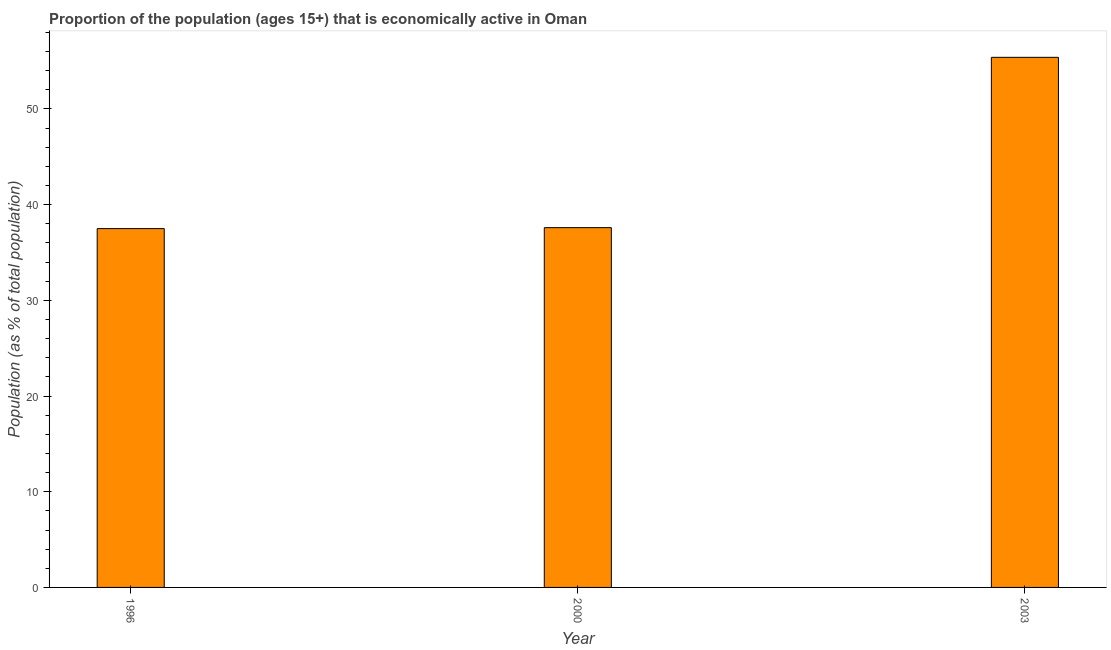
| Year | Labor force participation rate total |
 | --- | --- |
 | 1996 | 37.5 |
 | 2000 | 37.6 |
 | 2003 | 55.4 |